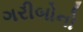
ગરીબોનો